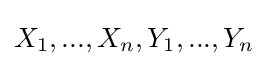
X_{1},...,X_{n},Y_{1},...,Y_{n}